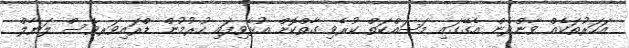
އަހަރުތަކެއް ވާންދެން އެގޭގައި މަސައްކަތް ކުރެވި ގާތްކޮށް އުޅެވިފައި ހުރުމުން ޑްރައިވަރވެސް ލަޔާލް